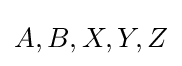
A,B,X,Y,Z